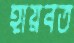
হায়বত